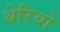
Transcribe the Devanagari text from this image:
थेरियो